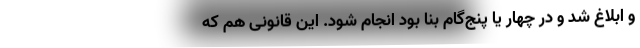
و ابلاغ شد و در چهار یا پنج‌گام بنا بود انجام شود. این قانونی هم که